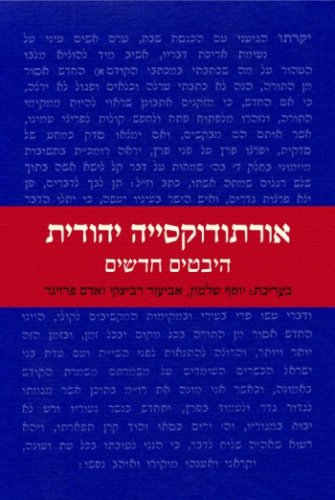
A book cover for Orthodox Judaism: New Perspectives (Hebrew); Yosef Salmon; Religion & Spirituality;